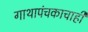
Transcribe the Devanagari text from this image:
गाथापंचकाचाही